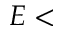
E <